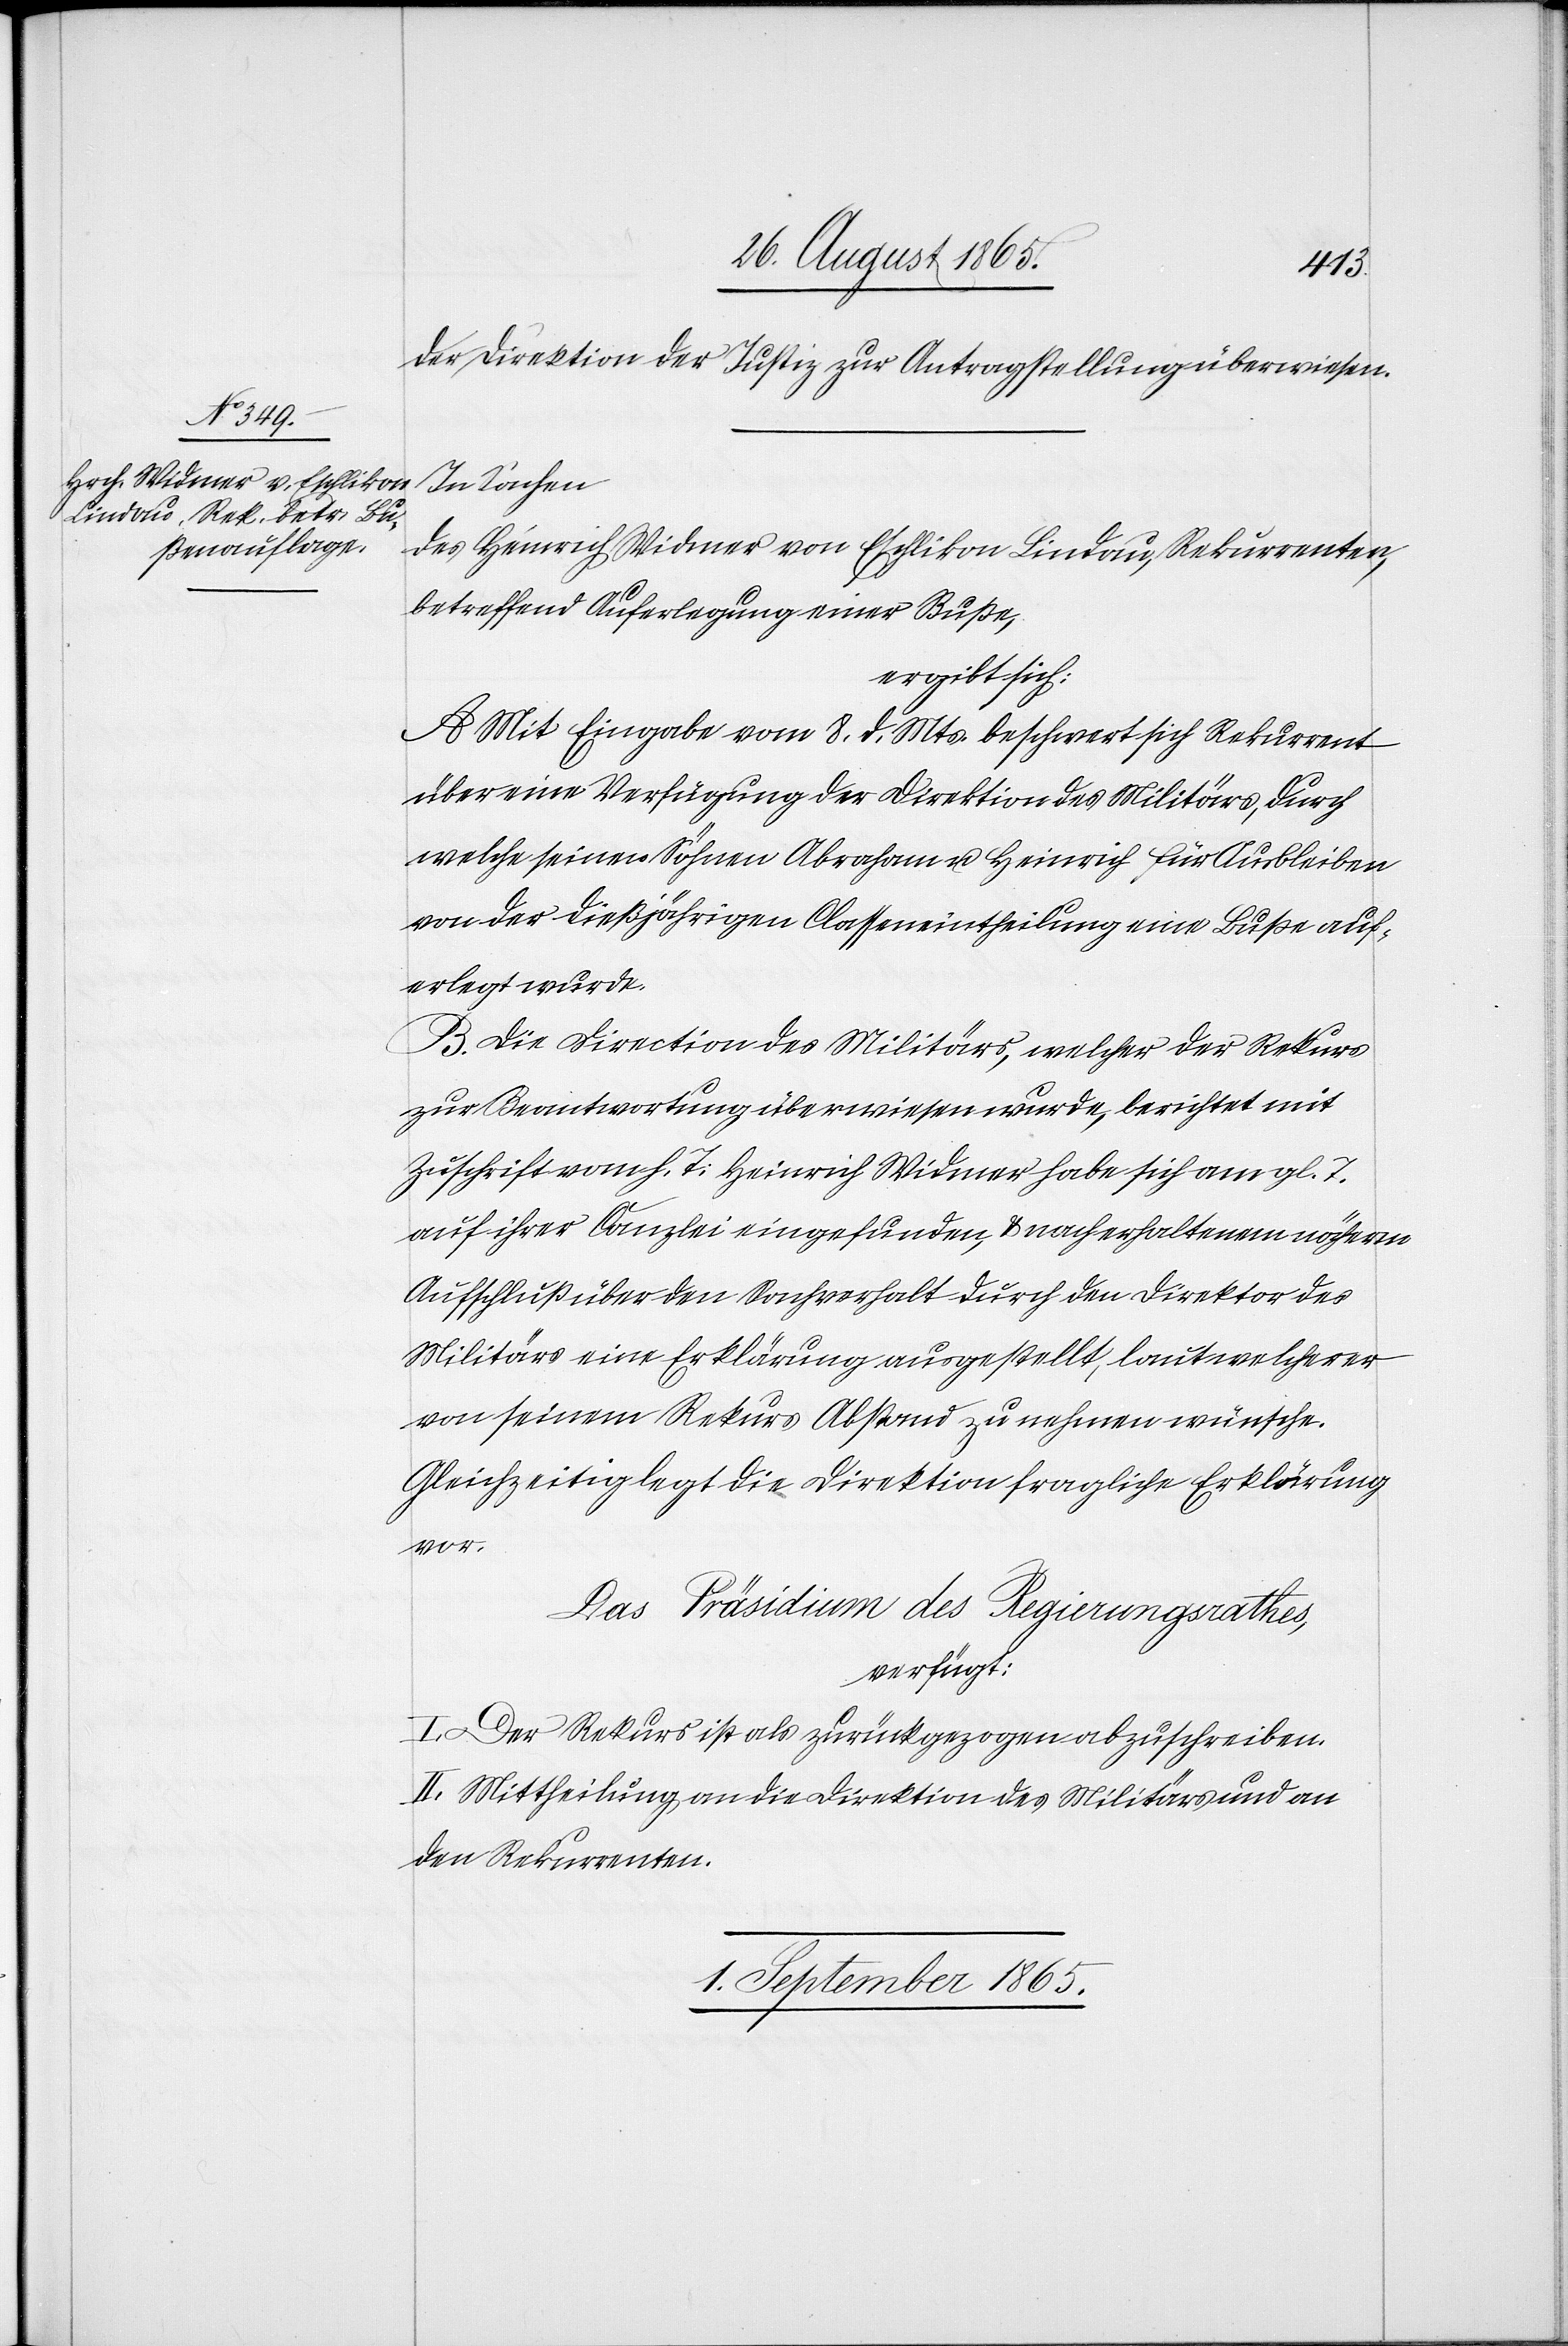
31. August 1865.]
der Direktion der Justiz zur Antragstellung überwiesen.
In Sachen
des Heinrich Widmer von Eschlikon Lindau, Rekurrenten,
betreffend Auferlegung einer Buße,
ergibt sich:
A. Mit Eingabe vom 8. d. Mts. beschwert sich Rekurrent
über eine Verfügung der Direktion des Militärs, durch
welche seinen Söhnen Abraham u. Heinrich für Ausbleiben
von der dießjährigen Classeneintheilung eine Buße auf¬
erlegt wurde.
B. Die Direction des Militärs, welcher der Rekurs
zur Beantwortung überwiesen wurde, berichtet mit
Zuschrift vom h. T: Heinrich Widmer habe sich am gl. T.
auf ihrer Canzlei eingefunden, u. nach erhaltenem näherm
Aufschluß über den Sachverhalt durch den Direktor des
Militärs eine Erklärung ausgestellt, laut welcher er
von seinem Rekurs Abstand zu nehmen wünsche.
Gleichzeitig legt die Direktion fragliche Erklärung
vor.
Das Präsidium des Regierungsrathes,
verfügt:
I. Der Rekurs ist als zurückgezogen abzuschreiben.
II. Mittheilung an die Direktion des Militärs und an
den Rekurrenten.
1. September 1865.